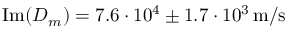
\operatorname { I m } ( D _ { m } ) = 7 . 6 \cdot 1 0 ^ { 4 } \pm 1 . 7 \cdot 1 0 ^ { 3 } \, \mathrm { m / s }